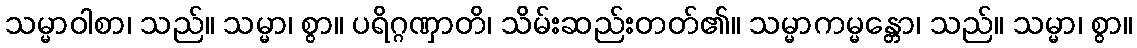
သမ္မာဝါစာ၊ သည်။ သမ္မာ၊ စွာ။ ပရိဂ္ဂဏှာတိ၊ သိမ်းဆည်းတတ်၏။ သမ္မာကမ္မန္တော၊ သည်။ သမ္မာ၊ စွာ။